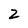
Character: z